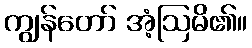
ကျွန်တော် အံ့ဩမိ၏။